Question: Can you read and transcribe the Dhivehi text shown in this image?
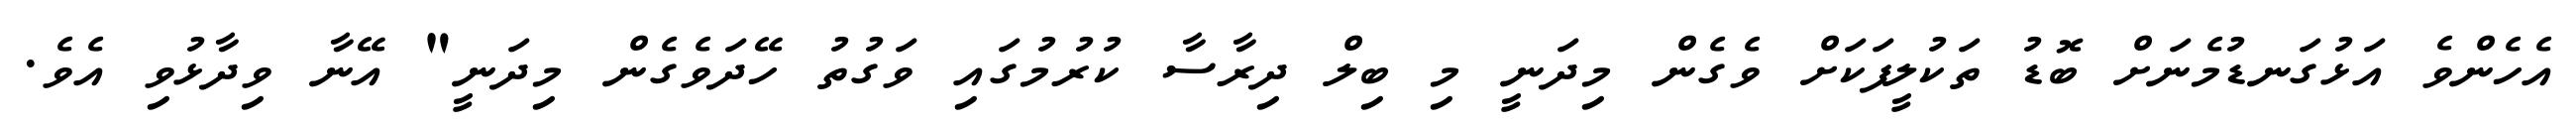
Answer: އެހެންވެ އަޅުގަނޑުމެނަށް ބޮޑު ތަކުލީފަކަށް ވެގެން މިދަނީ މި ބިލް ދިރާސާ ކުރުމުގައި ވަގުތު ހޭދަވެގެން މިދަނީ" އޭނާ ވިދާޅުވި އެވެ.